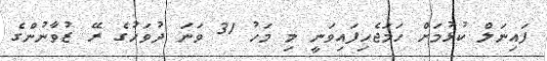
ފައިނަލް ކުޅުމަށް ހަމަޖެހިފައިވަނީ މި މަހު 31 ވަނަ ދުވަހުގެ ރޭ ޒުވާނުންގެ